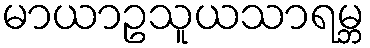
မာယာဥသူယသာရမ္ဘ